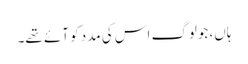
ہاں، جولوگ اس کی مدد کو آئے تھے۔